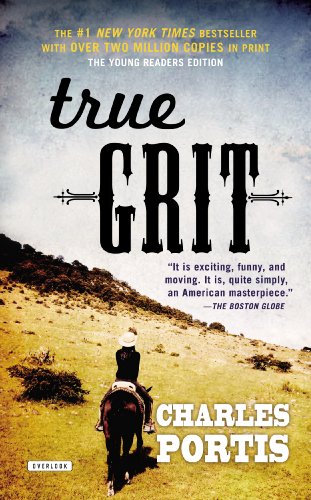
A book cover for True Grit: A Novel; Charles Portis; Teen & Young Adult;